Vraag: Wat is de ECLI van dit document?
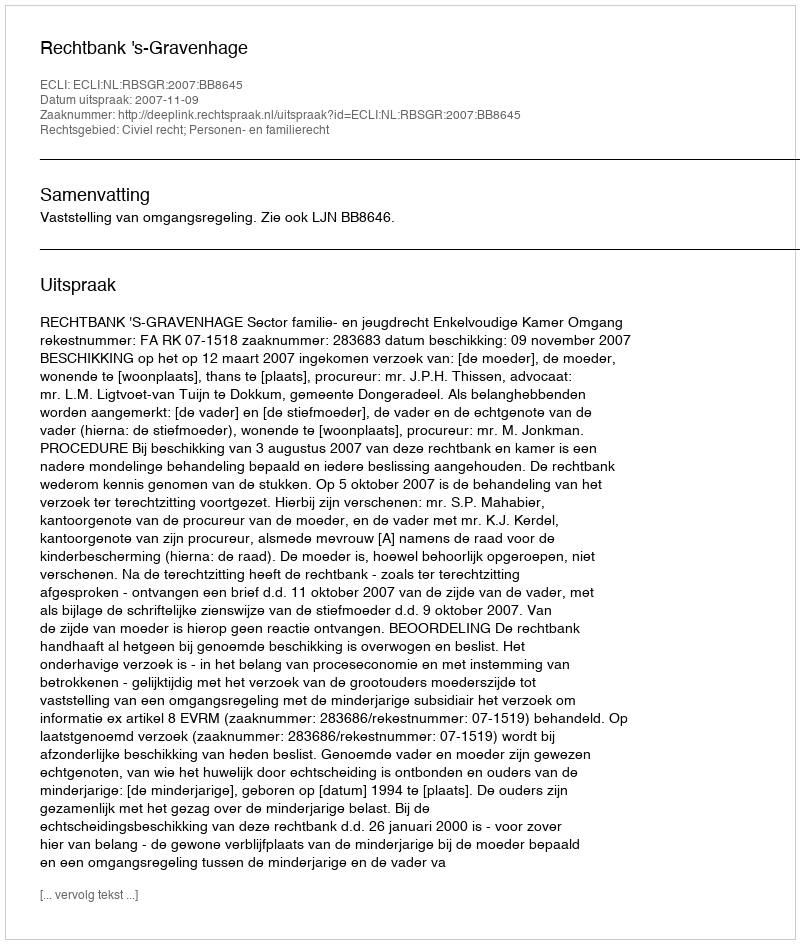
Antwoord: ECLI:NL:RBSGR:2007:BB8645